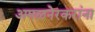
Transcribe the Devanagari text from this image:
अमळनेरकरांना